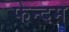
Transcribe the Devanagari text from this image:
फेन्दम